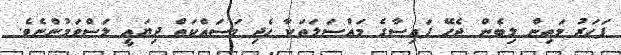
ފަހަރު މަތިން ލިބެން ޖެހޭ ފައިސާގެ މައްސަލަތަކާ ހެދި މަސައްކަތް ދިޔައީ ލަސްވަމުންނެވެ.